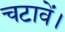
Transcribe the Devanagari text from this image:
चटावें।